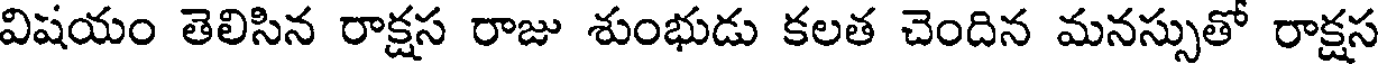
విషయం తెలిసిన రాక్షస రాజు శుంభుడు కలత చెందిన మనస్సుతో రాక్షస